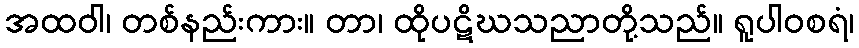
အထဝါ၊ တစ်နည်းကား။ တာ၊ ထိုပဋိဃသညာတို့သည်။ ရူပါဝစရံ၊